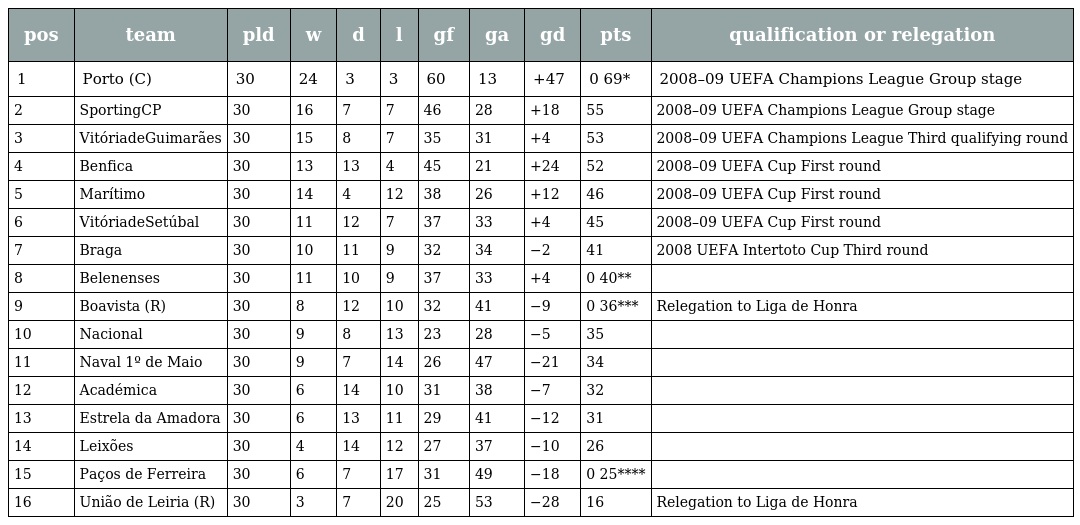
| pos | team | pld | w | d | l | gf | ga | gd | pts | qualification or relegation |
 | --- | --- | --- | --- | --- | --- | --- | --- | --- | --- | --- |
 | 1 | Porto (C) | 30 | 24 | 3 | 3 | 60 | 13 | +47 | 0 69* | 2008–09 UEFA Champions League Group stage |
 | 2 | SportingCP | 30 | 16 | 7 | 7 | 46 | 28 | +18 | 55 | 2008–09 UEFA Champions League Group stage |
 | 3 | VitóriadeGuimarães | 30 | 15 | 8 | 7 | 35 | 31 | +4 | 53 | 2008–09 UEFA Champions League Third qualifying round |
 | 4 | Benfica | 30 | 13 | 13 | 4 | 45 | 21 | +24 | 52 | 2008–09 UEFA Cup First round |
 | 5 | Marítimo | 30 | 14 | 4 | 12 | 38 | 26 | +12 | 46 | 2008–09 UEFA Cup First round |
 | 6 | VitóriadeSetúbal | 30 | 11 | 12 | 7 | 37 | 33 | +4 | 45 | 2008–09 UEFA Cup First round |
 | 7 | Braga | 30 | 10 | 11 | 9 | 32 | 34 | −2 | 41 | 2008 UEFA Intertoto Cup Third round |
 | 8 | Belenenses | 30 | 11 | 10 | 9 | 37 | 33 | +4 | 0 40** |  |
 | 9 | Boavista (R) | 30 | 8 | 12 | 10 | 32 | 41 | −9 | 0 36*** | Relegation to Liga de Honra |
 | 10 | Nacional | 30 | 9 | 8 | 13 | 23 | 28 | −5 | 35 |  |
 | 11 | Naval 1º de Maio | 30 | 9 | 7 | 14 | 26 | 47 | −21 | 34 |  |
 | 12 | Académica | 30 | 6 | 14 | 10 | 31 | 38 | −7 | 32 |  |
 | 13 | Estrela da Amadora | 30 | 6 | 13 | 11 | 29 | 41 | −12 | 31 |  |
 | 14 | Leixões | 30 | 4 | 14 | 12 | 27 | 37 | −10 | 26 |  |
 | 15 | Paços de Ferreira | 30 | 6 | 7 | 17 | 31 | 49 | −18 | 0 25**** |  |
 | 16 | União de Leiria (R) | 30 | 3 | 7 | 20 | 25 | 53 | −28 | 16 | Relegation to Liga de Honra |